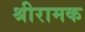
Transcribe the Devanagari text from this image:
श्रीरामक